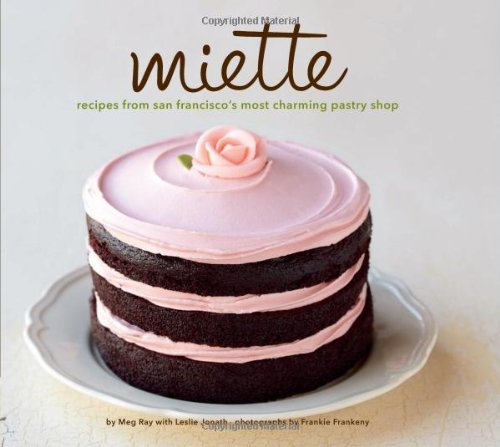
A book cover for Miette: Recipes from San Francisco's Most Charming Pastry Shop; Meg Ray; Cookbooks, Food & Wine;